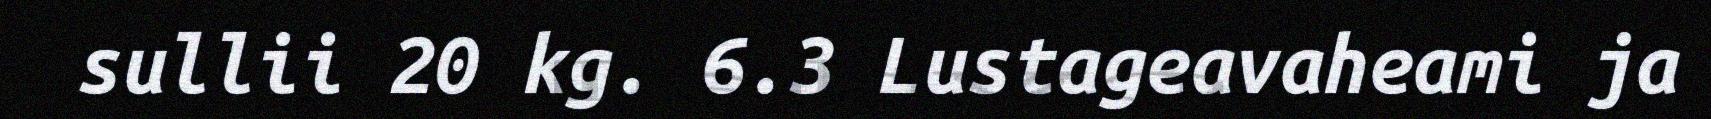
sullii 20 kg. 6.3 Lustageavaheami ja